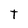
Character: T